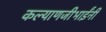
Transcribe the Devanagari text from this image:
कल्याणजीभाईंनी